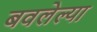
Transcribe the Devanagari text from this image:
बवलेल्या